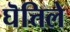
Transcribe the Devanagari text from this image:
घॆत्तिले